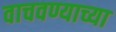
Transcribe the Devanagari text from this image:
वाचवण्याच्या